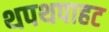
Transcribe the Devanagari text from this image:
थपथपाहट